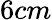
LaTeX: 6cm